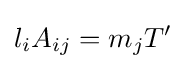
l_{i}A_{ij}=m_{j}T'